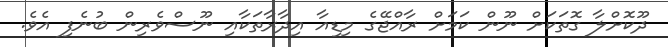
ދޫކޮށްލާ ގޮތަކަށް ނޫން ކަމަށް ރާއްޖޭގެ މިޑިއާ އިދާރާތަކާއި ނޫސްވެރިން ބުނެފި އެވެ.